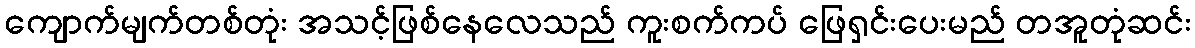
ကျောက်မျက်တစ်တုံး အသင့်ဖြစ်နေလေသည် ကူးစက်ကပ် ဖြေရှင်းပေးမည် တအူတုံဆင်း